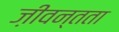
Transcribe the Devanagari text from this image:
ज़ीवन्तता